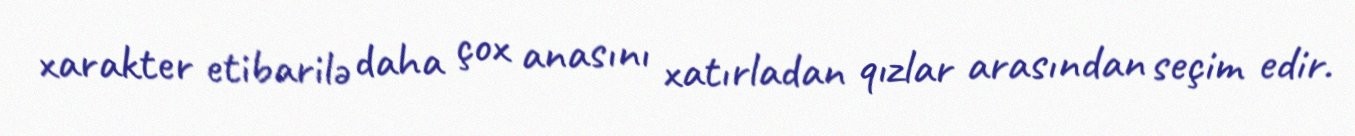
xarakter etibarilə daha çox anasını xatırladan qızlar arasından seçim edir.